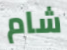
شام